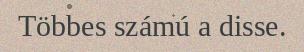
Többes számú a disse.